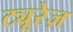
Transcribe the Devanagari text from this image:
ट्यूरेज़